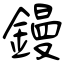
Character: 鏝